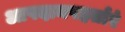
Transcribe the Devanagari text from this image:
आपदामपहर्तारं